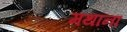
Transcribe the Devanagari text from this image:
मथाना